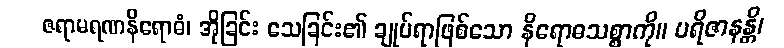
ဇရာမရဏနိရောဓံ၊ အိုခြင်း သေခြင်း၏ ချုပ်ရာဖြစ်သော နိရောဓသစ္စာကို။ ပရိဇာနန္တိ၊